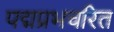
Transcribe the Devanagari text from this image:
पद्मप्रभचरित